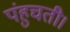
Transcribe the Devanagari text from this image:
पंहुचती।